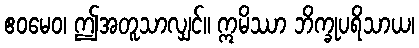
ဧဝမေဝ၊ ဤအတူသာလျှင်။ ဣမိဿာ ဘိက္ခုပရိသာယ၊